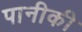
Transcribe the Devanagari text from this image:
पानीकी